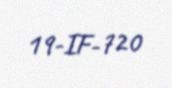
19-IF-720